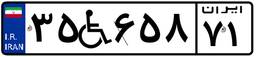
۳۵W۶۵۸۷۱